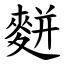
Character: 䴵